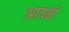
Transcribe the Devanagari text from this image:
आयबी